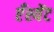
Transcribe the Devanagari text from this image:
एँश्येंट